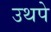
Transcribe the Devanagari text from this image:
उथपे